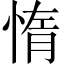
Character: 惰